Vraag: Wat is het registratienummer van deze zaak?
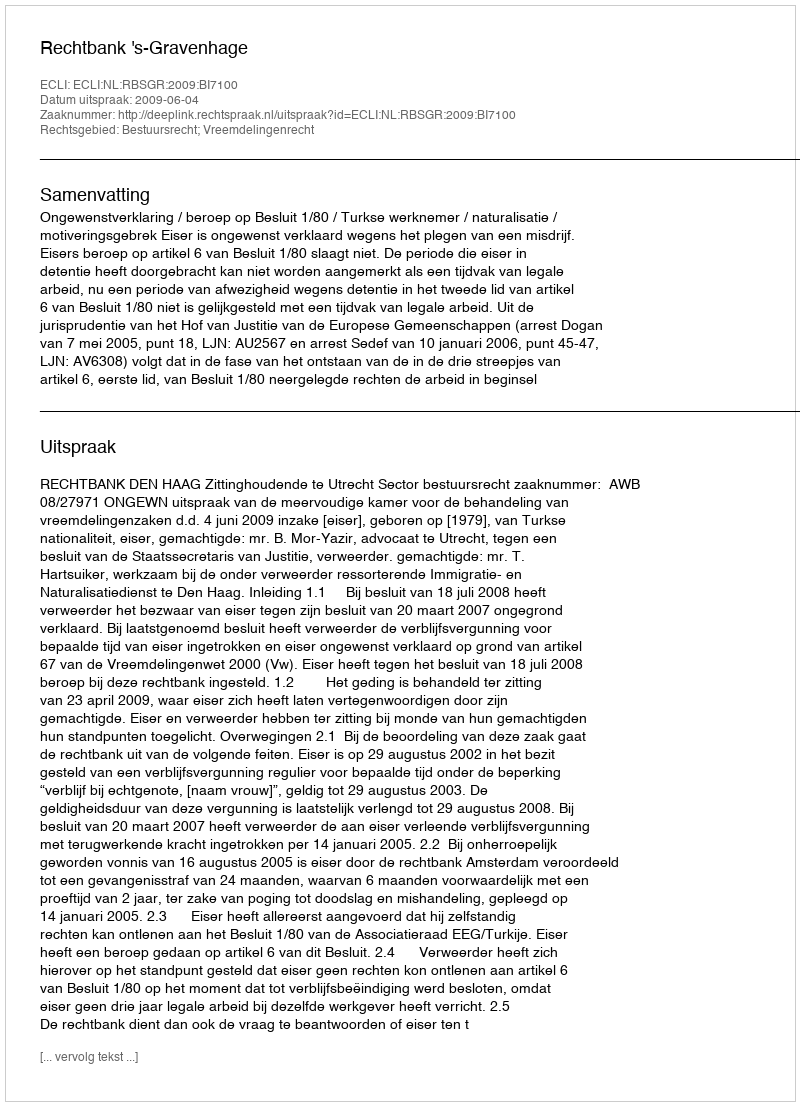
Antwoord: http://deeplink.rechtspraak.nl/uitspraak?id=ECLI:NL:RBSGR:2009:BI7100